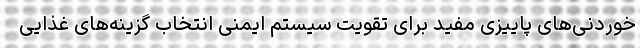
خوردنی‌های پاییزیِ مفید برای تقویت سیستم ایمنی انتخاب گزینه‌های غذایی